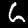
Label: 6